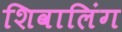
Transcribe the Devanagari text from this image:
शिवालिंग